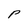
Character: P